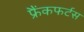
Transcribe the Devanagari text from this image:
फ्रैंकफर्टस